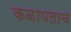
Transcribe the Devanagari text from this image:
कळायलाच